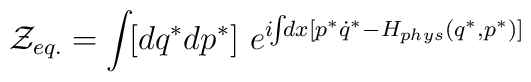
{\cal Z}_{eq.}    = \int \!  [d q^{*} d p^{*} ]~  e^{ i\!\!\int \!\! d x      [ p^{*} \dot{q}^{*} - H_{phys} (q^{*},p^{*}) ]}